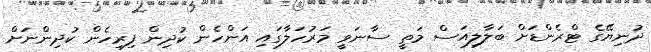
ދުނިޔޭގެ ޓްރެންޑަށް ބަލާލިއަސް މަތީ ސާނަވީ މަރުހަލާގައި އަންހެން ކުދިން ފިރިހެން ކުދިންނަށް